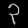
Digit: ၃